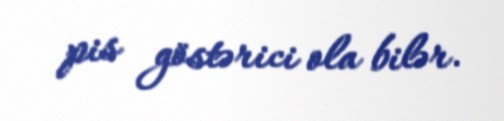
pis göstərici ola bilər.